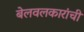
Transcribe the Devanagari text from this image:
बेलवलकारांची